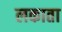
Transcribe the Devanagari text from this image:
लकाता